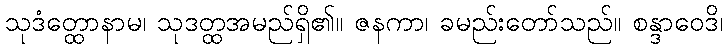
သုဒံတ္ထောနာမ၊ သုဒတ္ထအမည်ရှိ၏။ ဇနကာ၊ ခမည်းတော်သည်။ စန္ဒာဝေဒိ၊